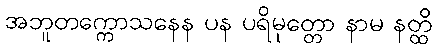
အဘူတက္ကောသနေန ပန ပရိမုတ္တော နာမ နတ္ထိ